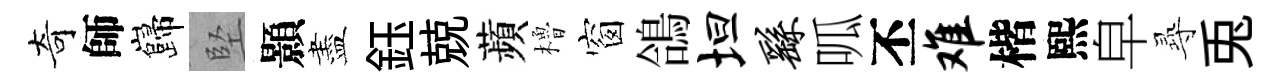
奇師巋堅顥盡鈺兢蘋櫓窗鴿坦繇呱丕难楷熙皁𡬶兎